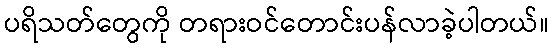
ပရိသတ်တွေကို တရားဝင်တောင်းပန်လာခဲ့ပါတယ်။